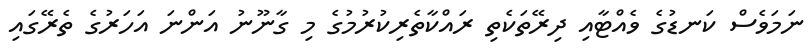
ނަމަވެސް ކަނޑުގެ ވެއްޓާއި ދިރޭތަކެތި ރައްކާތެރިކުރުމުގެ މި ގާނޫނު އަންނަ އަހަރުގެ ތެރޭގައި